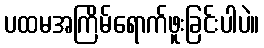
ပထမအကြိမ်ရောက်ဖူးခြင်းပါပဲ။